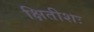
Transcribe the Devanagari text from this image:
क्षितीशः